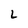
Character: L